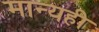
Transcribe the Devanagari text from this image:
मान्यही